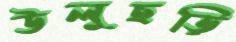
উলুছড়ি